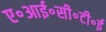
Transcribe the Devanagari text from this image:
ए॰आई॰सी॰टी॰ई